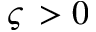
\varsigma \, > 0